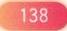
138